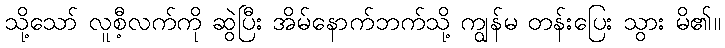
သို့သော် လူစီ့လက်ကို ဆွဲပြီး အိမ်နောက်ဘက်သို့ ကျွန်မ တန်းပြေး သွား မိ၏။